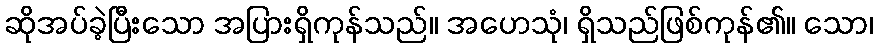
ဆိုအပ်ခဲ့ပြီးသော အပြားရှိကုန်သည်။ အဟေသုံ၊ ရှိသည်ဖြစ်ကုန်၏။ သော၊